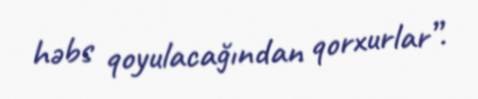
həbs qoyulacağından qorxurlar”.